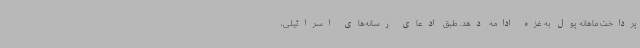
پرداخت ماهانه پول به غزه ادامه دهد. طبق ادعای رسانه‌های اسرائیلی،